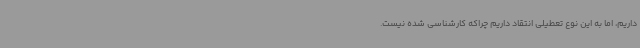
داریم، اما به این نوع تعطیلی انتقاد داریم چراکه کارشناسی شده نیست.